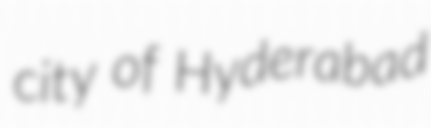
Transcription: city of Hyderabad